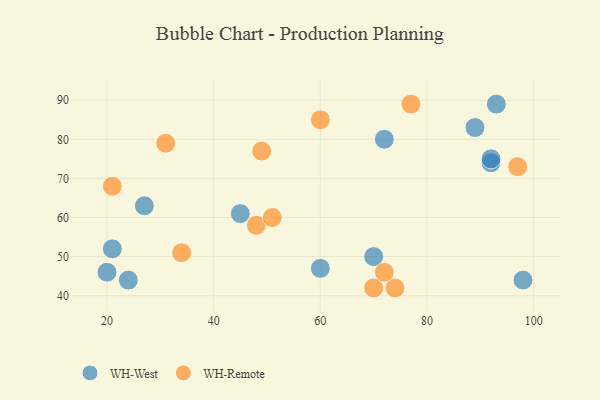
{"axis": {"x": "GDP", "y": "Life Expectancy"}, "legend": ["WH-Remote", "WH-West"], "data": [{"x": "45", "y": 61, "type": "WH-West"}, {"x": "92", "y": 74, "type": "WH-West"}, {"x": "20", "y": 46, "type": "WH-West"}, {"x": "27", "y": 63, "type": "WH-West"}, {"x": "21", "y": 52, "type": "WH-West"}, {"x": "60", "y": 47, "type": "WH-West"}, {"x": "89", "y": 83, "type": "WH-West"}, {"x": "98", "y": 44, "type": "WH-West"}, {"x": "92", "y": 75, "type": "WH-West"}, {"x": "72", "y": 80, "type": "WH-West"}, {"x": "70", "y": 50, "type": "WH-West"}, {"x": "24", "y": 44, "type": "WH-West"}, {"x": "93", "y": 89, "type": "WH-West"}, {"x": "48", "y": 58, "type": "WH-Remote"}, {"x": "77", "y": 89, "type": "WH-Remote"}, {"x": "51", "y": 60, "type": "WH-Remote"}, {"x": "70", "y": 42, "type": "WH-Remote"}, {"x": "74", "y": 42, "type": "WH-Remote"}, {"x": "60", "y": 85, "type": "WH-Remote"}, {"x": "31", "y": 79, "type": "WH-Remote"}, {"x": "21", "y": 68, "type": "WH-Remote"}, {"x": "72", "y": 46, "type": "WH-Remote"}, {"x": "97", "y": 73, "type": "WH-Remote"}, {"x": "49", "y": 77, "type": "WH-Remote"}, {"x": "34", "y": 51, "type": "WH-Remote"}]}